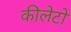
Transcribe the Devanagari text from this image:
कीलेटों